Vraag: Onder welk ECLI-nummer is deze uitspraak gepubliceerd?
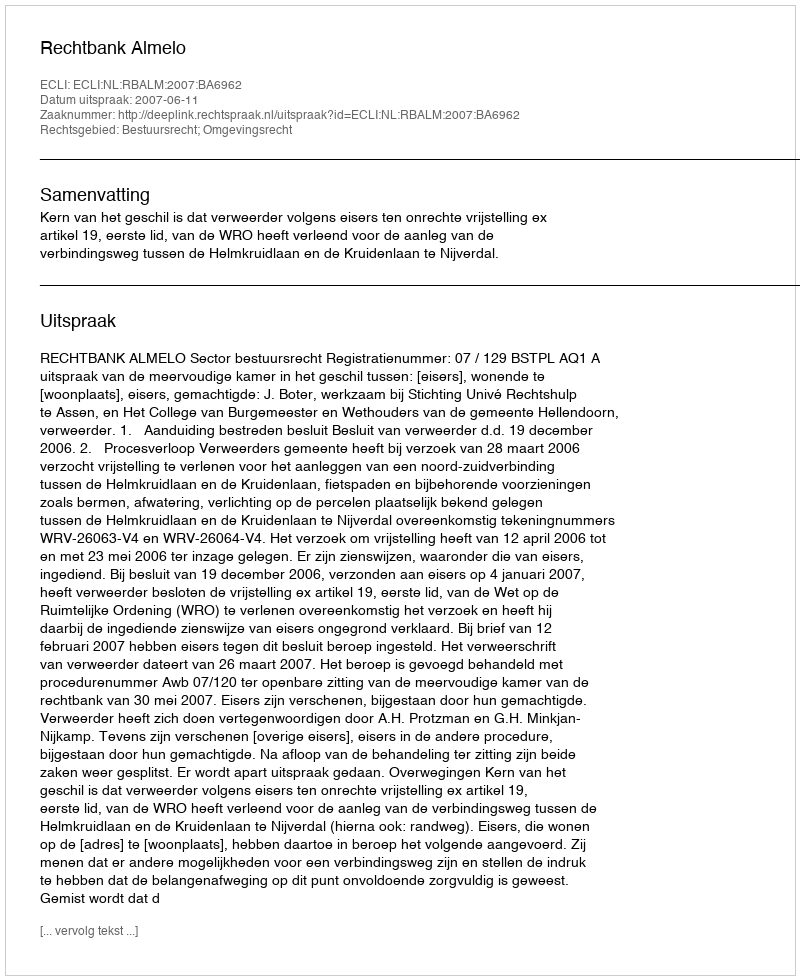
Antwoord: ECLI:NL:RBALM:2007:BA6962